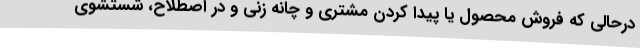
درحالی که فروش محصول یا پیدا کردن مشتری و چانه زنی و در اصطلاح، شستشوی